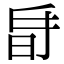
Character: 𣅲